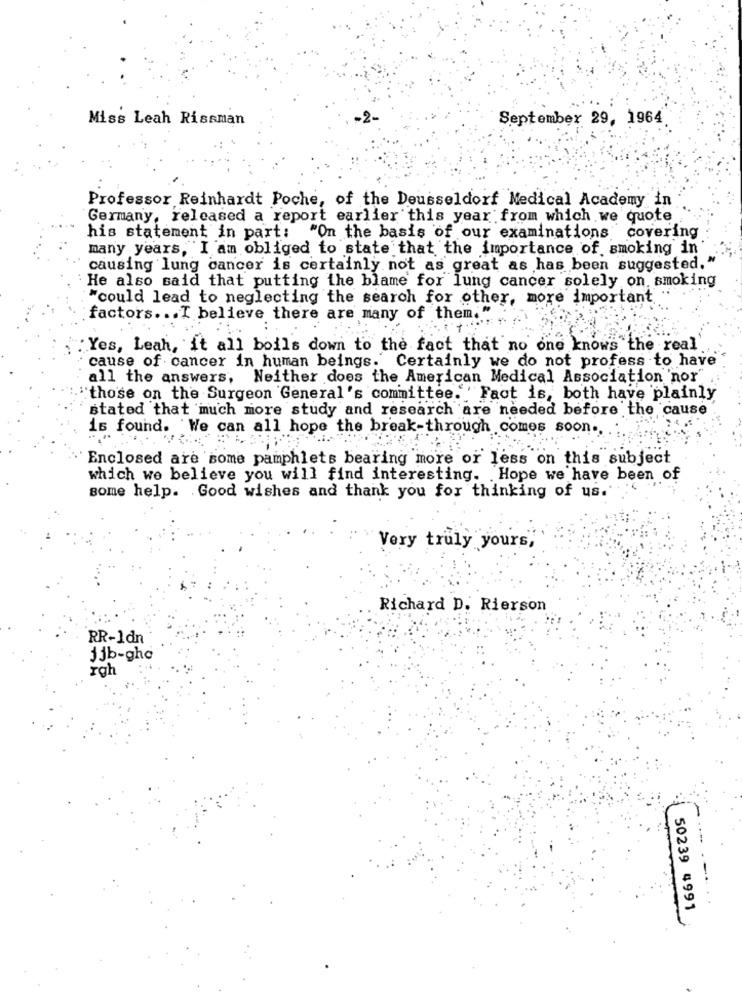
Miss Leah Rissman
September 29, 1964
Professor Reinhardt Poche, of the Deusseldorf Medical Academy in
Germany, released a report earlier this year from which we quote
his statement in part:
"On the basis of our examinations covering
many years, I am obliged to state that the importance of smoking in'
causing lung cancer is certainly not as great as has been suggested."
He also said that putting the blame for lung cancer solely on, smoking
"could lead to neglecting the search for other, more important .
factors ... I believe there are many of them."
Yes, Leah, it all boils down to the fact that no one knows the real
cause of cancer in human beings. Certainly we do not profess to have
all the answers, Neither does the American Medical Association 'nor"
"those on the Surgeon General's committee.""Fact is, both have plainly
stated that much more study and research are needed before the cause
is found. We can all hope the break-through comes soon ..
Enclosed are some pamphlets bearing more or less on this subject
which we believe you will find interesting. . Hope we have been of
some help. Good wishes and thank you for thinking of us.
Very truly yours,
Richard D. Rierson
RR-1dn
jjb-ghc
rgh
....
-
50239 4991